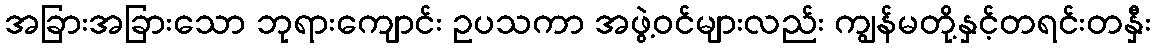
အခြားအခြားသော ဘုရားကျောင်း ဥပသကာ အဖွဲ့ဝင်များလည်း ကျွန်မတို့နှင့်တရင်းတနှီး